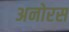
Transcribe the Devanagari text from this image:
अनोरस